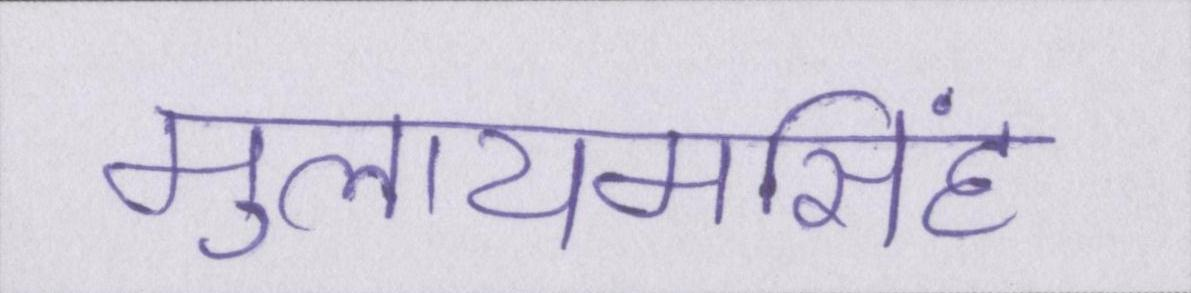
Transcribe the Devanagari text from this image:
मुलायमसिंह